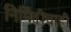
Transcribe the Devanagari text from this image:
निर्मितीचाही